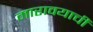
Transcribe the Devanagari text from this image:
मारावयाची